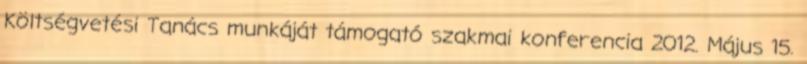
Költségvetési Tanács munkáját támogató szakmai konferencia 2012. Május 15.